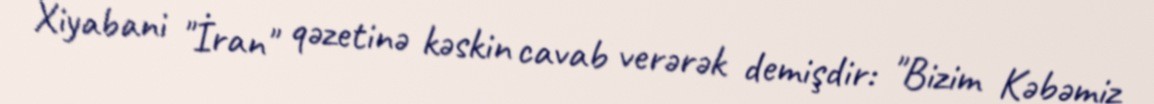
Xiyabani "İran" qəzetinə kəskin cavab verərək demişdir: "Bizim Kəbəmiz